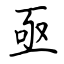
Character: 亟